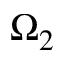
\Omega _ { 2 }